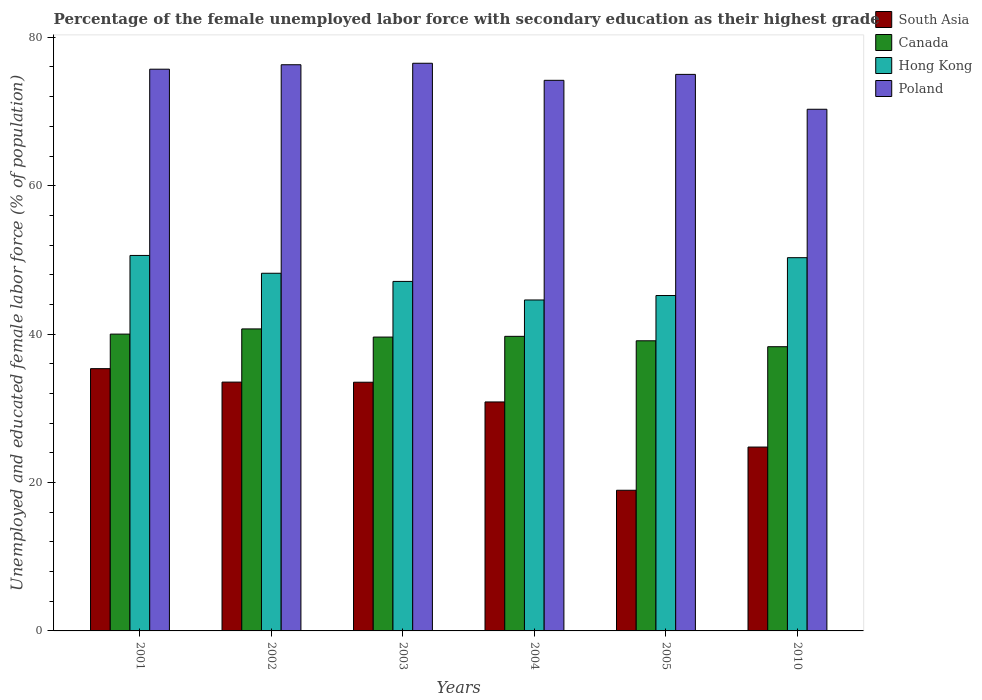
| Years | South Asia | Canada | Hong Kong | Poland |
 | --- | --- | --- | --- | --- |
 | 2001 | 35.3 | 40 | 50.6 | 75.7 |
 | 2002 | 33.5 | 40.7 | 48.2 | 76.3 |
 | 2003 | 33.5 | 39.6 | 47.1 | 76.5 |
 | 2004 | 30.9 | 39.7 | 44.6 | 74.2 |
 | 2005 | 19 | 39.1 | 45.2 | 75 |
 | 2010 | 24.8 | 38.3 | 50.3 | 70.3 |